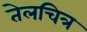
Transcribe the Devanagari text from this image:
तेलचित्र